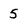
Character: 5